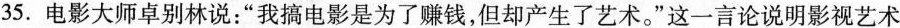
35. 电影大师卓别林说：“我搞电影是为了赚钱，但却产生了艺术。”这一言论说明影视艺术